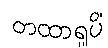
တထာရူပိံ